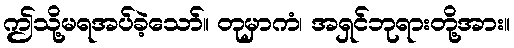
ဤသို့မရအပ်ခဲ့သော်။ တုမှာကံ၊ အရှင်ဘုရားတို့အား။